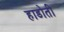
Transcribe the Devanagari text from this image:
हाडोती